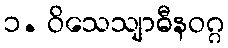
၁. ဝိသေသျာဓီနဝဂ္ဂ